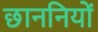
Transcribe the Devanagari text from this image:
छाननियों